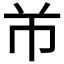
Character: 𱜢